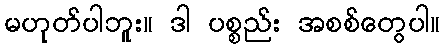
မဟုတ်ပါဘူး။ ဒါ ပစ္စည်း အစစ်တွေပါ။